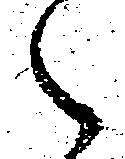
之